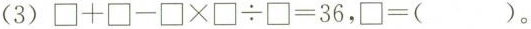
（1）$$\Box + \Box - \Box \times \Box \div \Box = 3 6$$，$$\Box = （）$$。